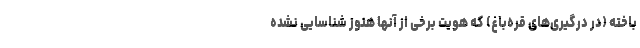
باخته (در درگیری‌های قره‌باغ) که هویت برخی از آنها هنوز شناسایی نشده